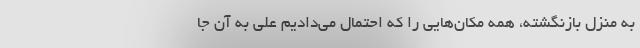
به منزل بازنگشته، همه مکان‌هایی را که احتمال می‌دادیم علی به آن جا